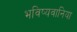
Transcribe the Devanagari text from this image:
भविष्यवानिया